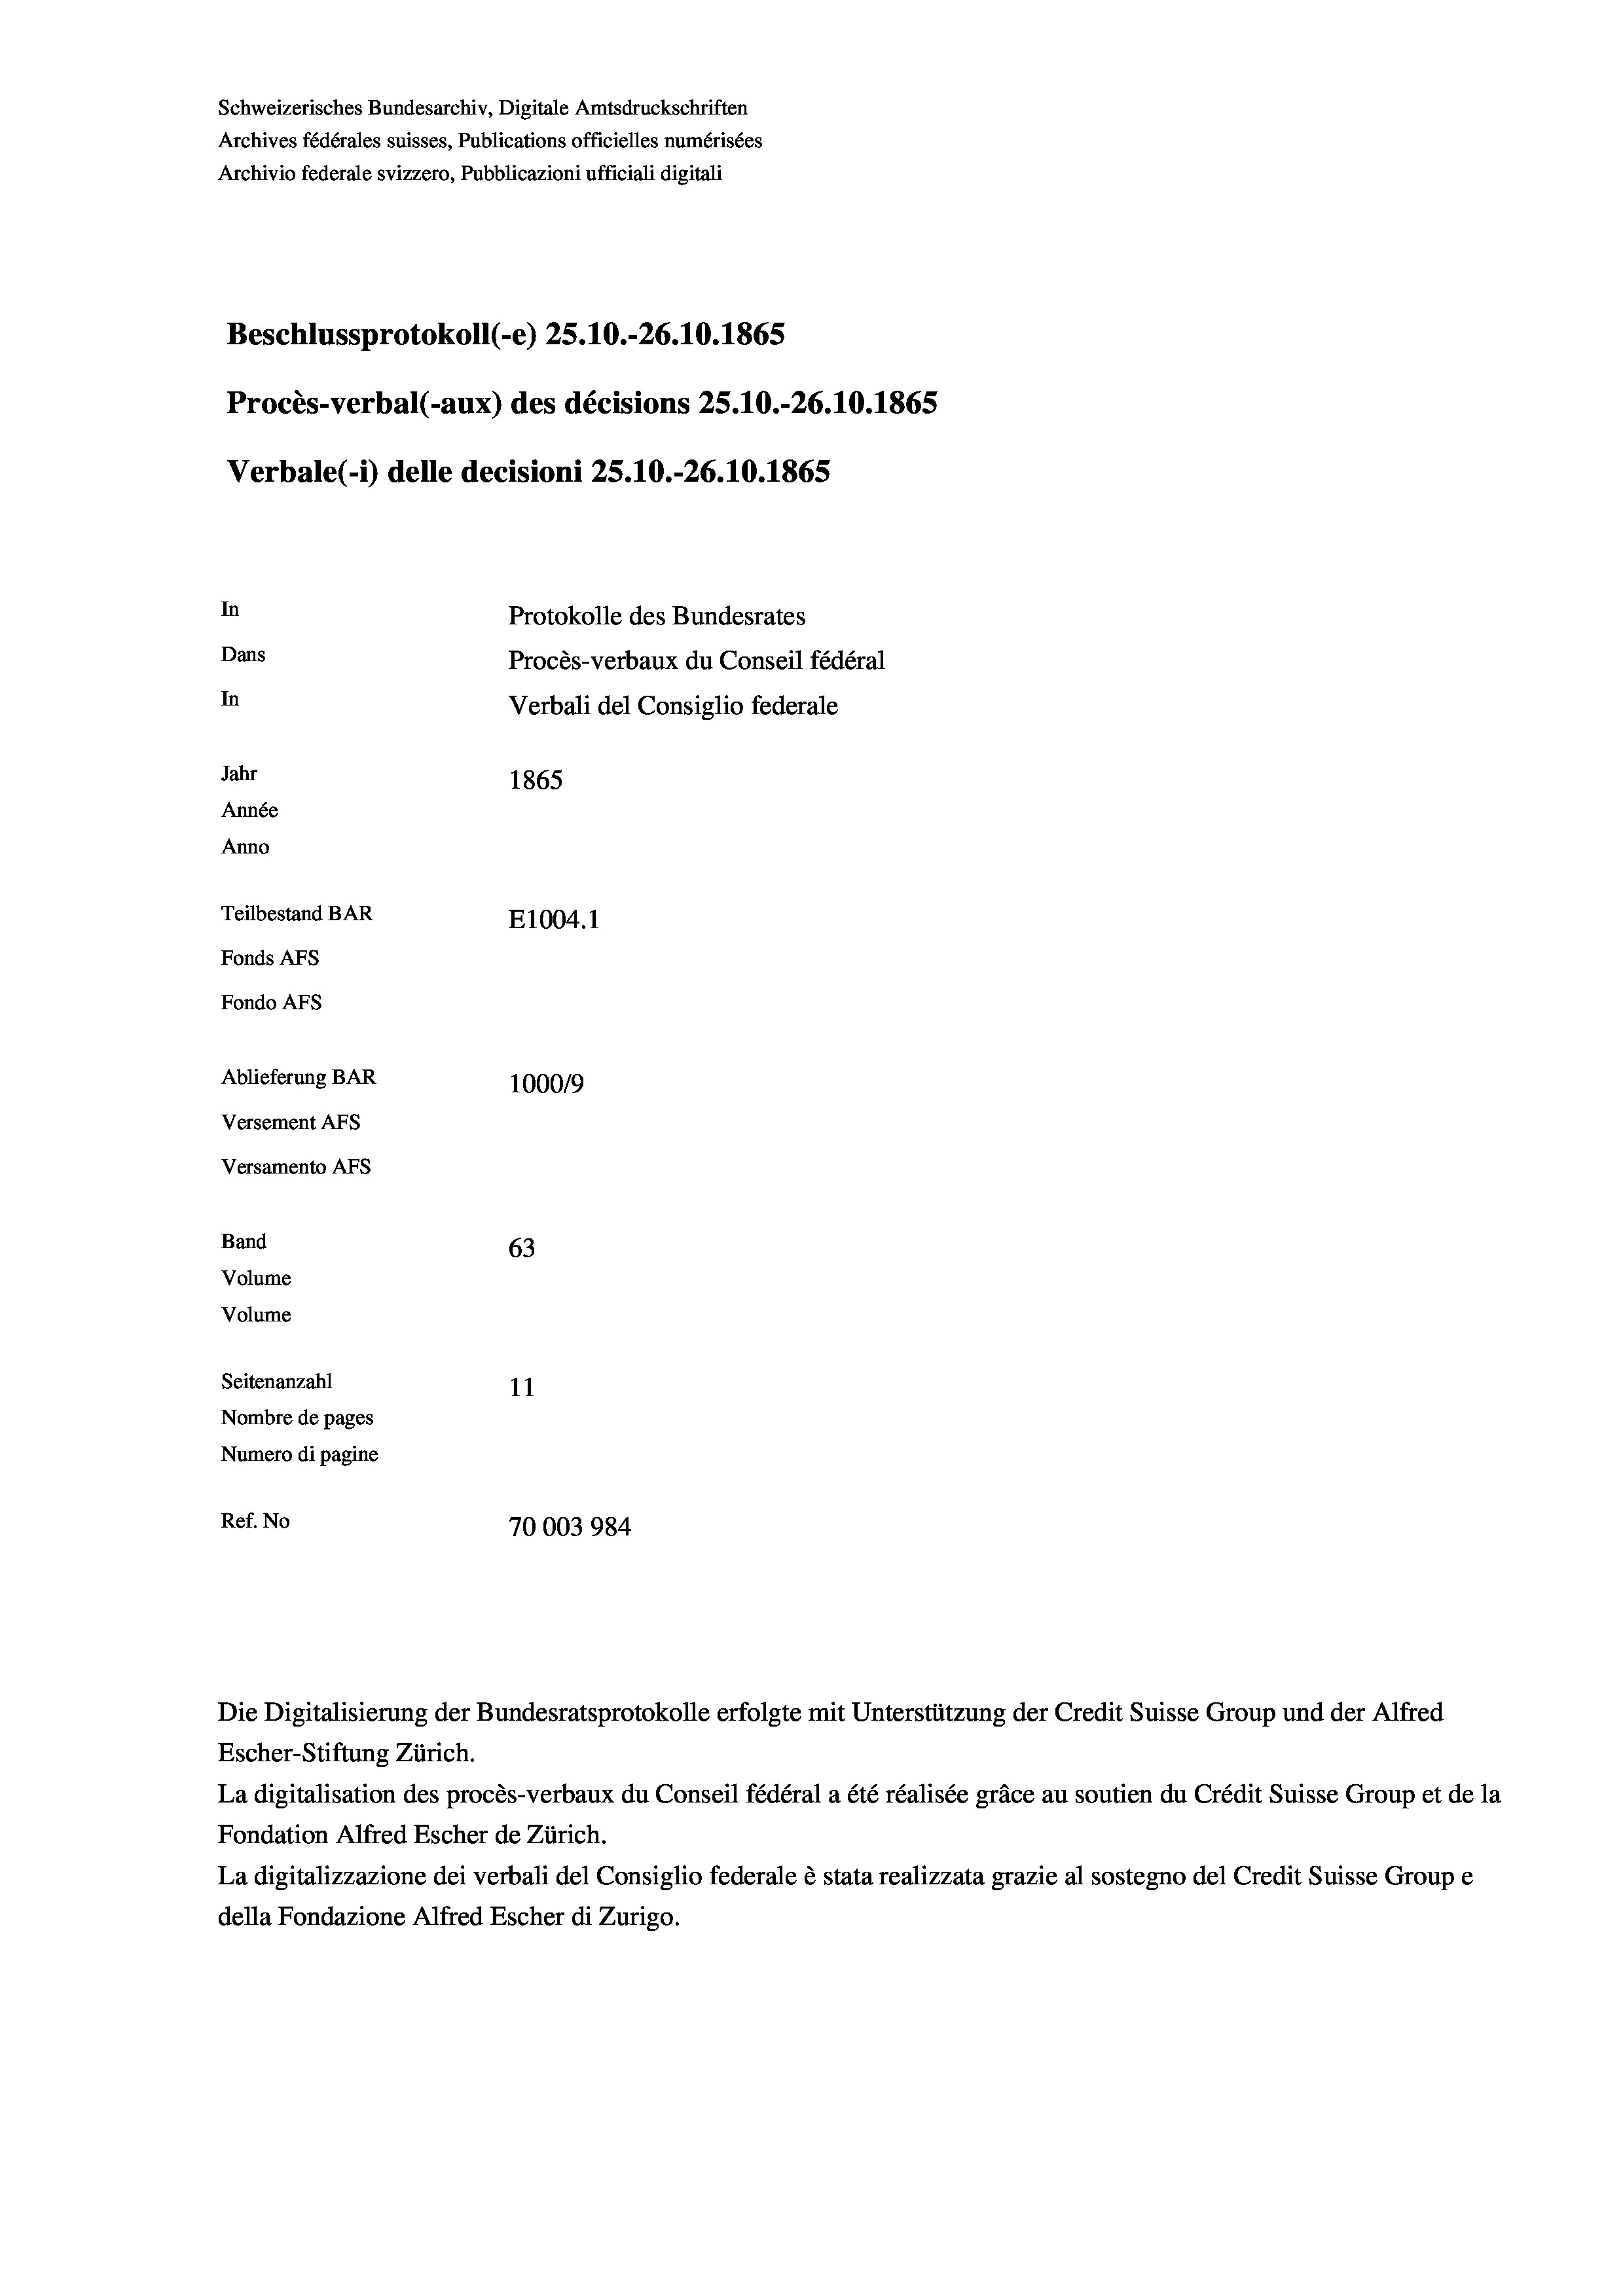
Schweizerisches Bundesarchiv, Digitale Amtsdruckschriften
Archives fédérales suisses, Publications officielles numérisées
Archivio federale svizzero, Pubblicazioni ufficiali digitali
Beschlussprotokoll (-e) 25.10.-26.10.1865
Procès-verbal (-aux) des décisions 25.10.-26.10.1865
Verbale(-*) delle decisioni 25.10.-26.10.1865
In
Protokolle des Bundesrates
Dans
Procès-verbaux du Conseil fédéral
In
Verbali del Consiglio federale
Jahr
1865
Année
Anno
Teilbestand BAR
E1004.1
Fonds AFs
Fondo AFs
Ablieferung BAR
100019
Versement AFs
Versamento AFs
Band
63
Volume
Volume

Seitenanzahl
11
Nombre de pages
Numero di pagine
Ref. No
70003984

Escher-Stiftung Zürich.
La digitalisation des procès-verbaux du Conseil fédéral a été réalisée gräce au soutien du Crédit Suisse Group et de la
Fondation Alfred Escher de Zürich.
La digitalizzazione dei verbali del Consiglio federale è stata realizzata grazie al sostegno del Credit Suisse Groupe
della Fondazione Alfred Escher di Zurigo.

Die Digitalisierung der Bundesratsprotokolle erfolgte mit Unterstützung der Credit Suisse Group und der Alfred